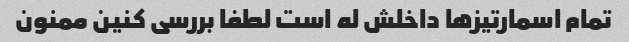
تمام اسمارتیزها داخلش له است لطفا بررسی کنین ممنون